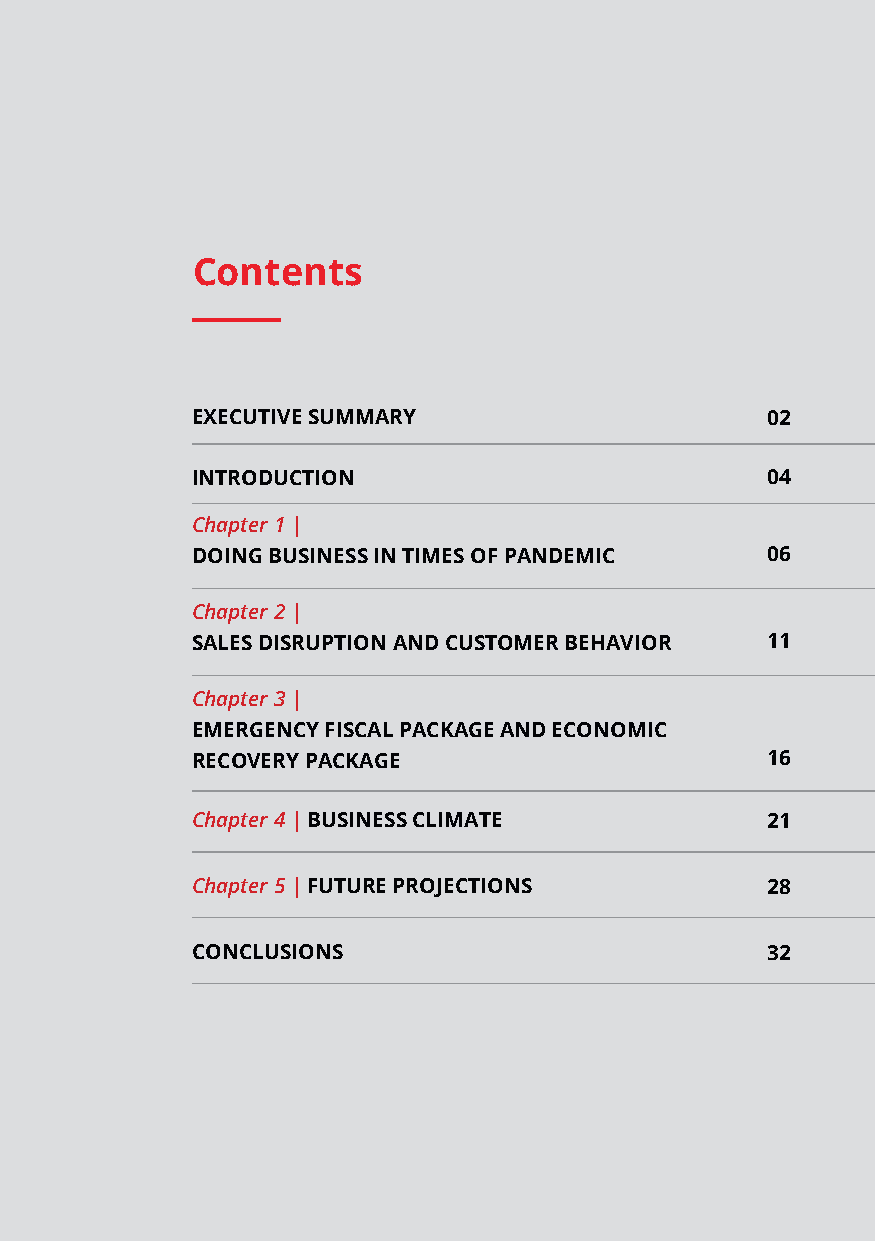
Contents
 EXECUTIVE SUMMARY                     02
 INTRODUCTION                          04
 Chapter 1 |
 DOING BUSINESS IN TIMES OF PANDEMIC   06
 Chapter 2 |
 SALES DISRUPTION AND CUSTOMER BEHAVIOR 11
 Chapter 3 |
 EMERGENCY FISCAL PACKAGE AND ECONOMIC
 RECOVERY PACKAGE                      16
 Chapter 4 | BUSINESS CLIMATE          21
 Chapter 5 | FUTURE PROJECTIONS        28
 CONCLUSIONS                           32